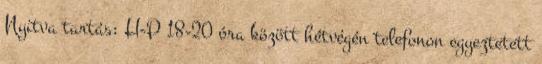
Nyitva tartás: H-P 18-20 óra között hétvégén telefonon egyeztetett